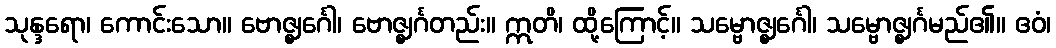
သုန္ဒရော၊ ကောင်းသော။ ဗောဇ္ဈင်္ဂေါ၊ ဗောဇ္ဈင်္ဂတည်း။ ဣတိ၊ ထို့ကြောင့်။ သမ္ဗောဇ္ဈင်္ဂေါ၊ သမ္ဗောဇ္ဈင်္ဂမည်၏။ ဧဝံ၊